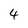
Character: 4